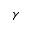
\gamma